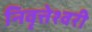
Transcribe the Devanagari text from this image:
निवृत्तेश्वरी